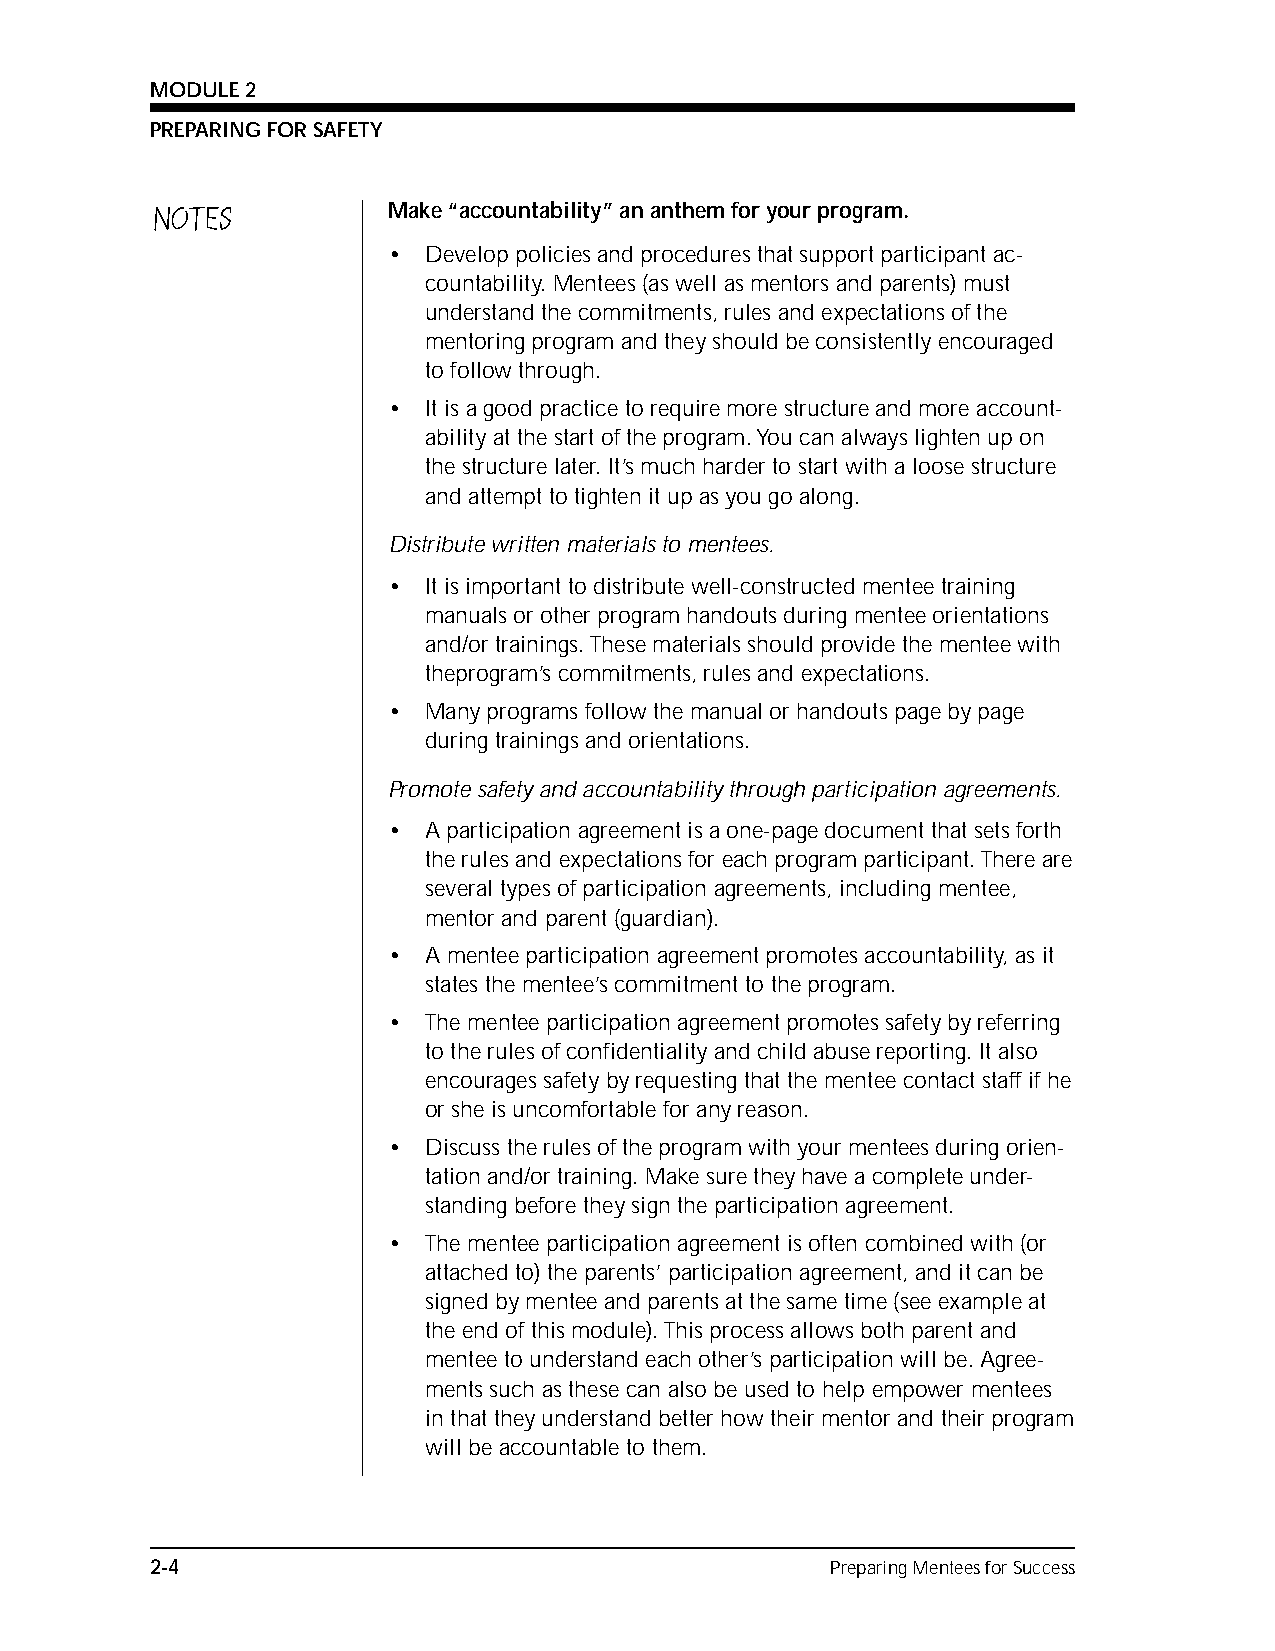
MODULE 2
 PREPARING FOR SAFETY
 NOTES           Make “accountability” an anthem for your program.
 • Develop policies and procedures that support participant ac-
 countability. Mentees (as well as mentors and parents) must
 understand the commitments, rules and expectations of the
 mentoring program and they should be consistently encouraged
 to follow through.
 • It is a good practice to require more structure and more account-
 ability at the start of the program. You can always lighten up on
 the structure later. It’s much harder to start with a loose structure
 and attempt to tighten it up as you go along.
 Distribute written materials to mentees.
 • It is important to distribute well-constructed mentee training
 manuals or other program handouts during mentee orientations
 and/or trainings. These materials should provide the mentee with
 theprogram’s commitments, rules and expectations.
 • Many programs follow the manual or handouts page by page
 during trainings and orientations.
 Promote safety and accountability through participation agreements.
 • A participation agreement is a one-page document that sets forth
 the rules and expectations for each program participant. There are
 several types of participation agreements, including mentee,
 mentor and parent (guardian).
 • A mentee participation agreement promotes accountability, as it
 states the mentee’s commitment to the program.
 • The mentee participation agreement promotes safety by referring
 to the rules of confidentiality and child abuse reporting. It also
 encourages safety by requesting that the mentee contact staff if he
 or she is uncomfortable for any reason.
 • Discuss the rules of the program with your mentees during orien-
 tation and/or training. Make sure they have a complete under-
 standing before they sign the participation agreement.
 • The mentee participation agreement is often combined with (or
 attached to) the parents’ participation agreement, and it can be
 signed by mentee and parents at the same time (see example at
 the end of this module). This process allows both parent and
 mentee to understand each other’s participation will be. Agree-
 ments such as these can also be used to help empower mentees
 in that they understand better how their mentor and their program
 will be accountable to them.
 2-4                                          Preparing Mentees for Success